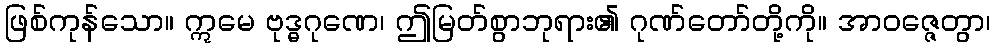
ဖြစ်ကုန်သော။ ဣမေ ဗုဒ္ဓဂုဏေ၊ ဤမြတ်စွာဘုရား၏ ဂုဏ်တော်တို့ကို။ အာဝဇ္ဇေတွာ၊